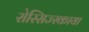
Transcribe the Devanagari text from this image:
रोस्सिज्स्काया